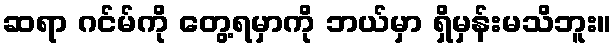
ဆရာ ဂင်မ်ကို တွေ့ရမှာကို ဘယ်မှာ ရှိမှန်းမသိဘူး။